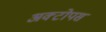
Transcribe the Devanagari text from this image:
अक्टोपस